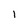
Character: 1